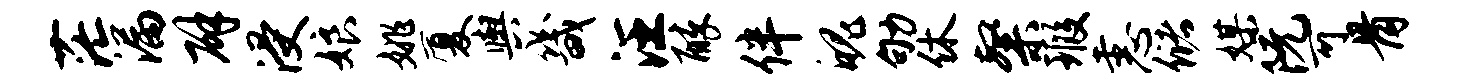
茫漏辟浸娘姚厦舆畿汪醉伴魄劬休粲瑕恚储媒阮可骨